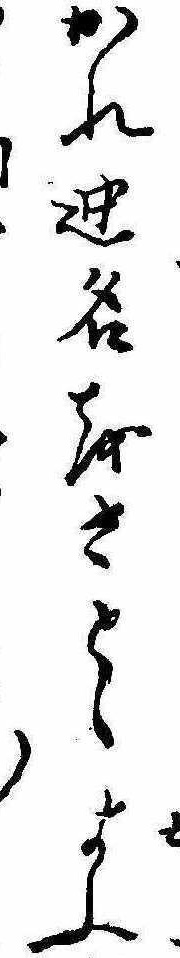
かれ迚名をさとゝよふ